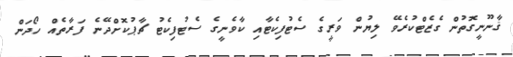
ޤާނޫނީގޮތުން ގެޒެޓްކުރެވޭ ލިޔުން ވަރީގެ ސެޓުފިކެޓާއި ކާވެނީގެ ސެޓުފިކެޓު ޗާޕުކޮށްދޭނެ ފަރާތެއް ހޯދަން